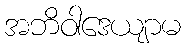
အဘိဝါဒေယျာမ